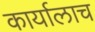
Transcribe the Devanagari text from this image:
कार्यालाच